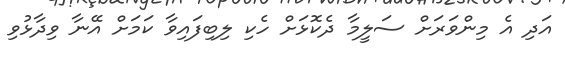
އަދި އެ މިންވަރަށް ސަލީމާ ދެކޮޅަށް ހެކި ލިބިފައިވާ ކަމަށް އޭނާ ވިދާޅުވި